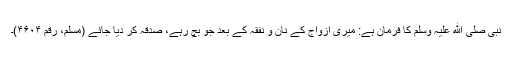
نبی صلی ﷲ علیہ وسلم کا فرمان ہے: میری ازواج کے نان و نفقہ کے بعد جو بچ رہے، صدقہ کر دیا جائے (مسلم، رقم ۴۶۰۴)۔